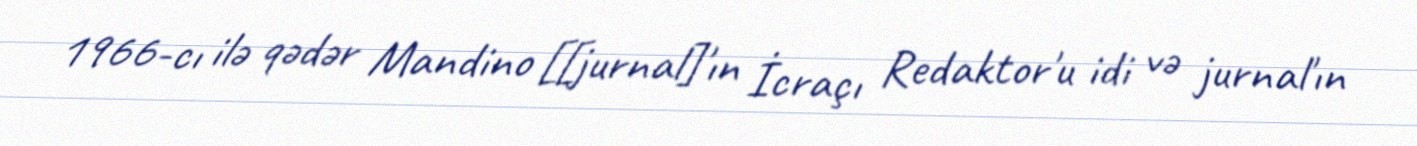
1966-cı ilə qədər Mandino [[jurnal]'ın İcraçı Redaktor'u idi və jurnal'ın